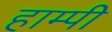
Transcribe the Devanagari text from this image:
हाम्पी